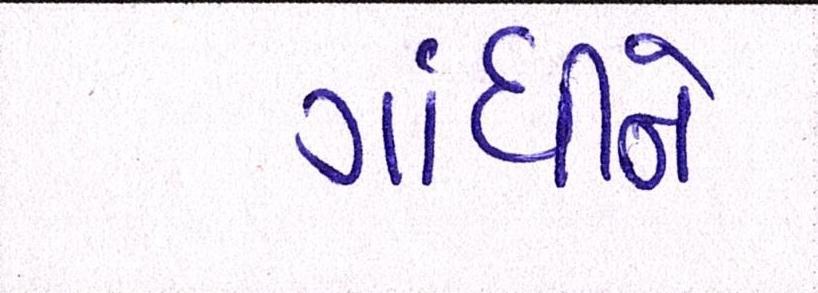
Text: ગાંધીને